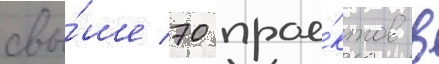
свы́ше 70 прое́ктов в